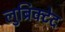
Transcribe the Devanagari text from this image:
लुब्रिक्टेद